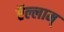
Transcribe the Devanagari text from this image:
ऍल्लाम्‌